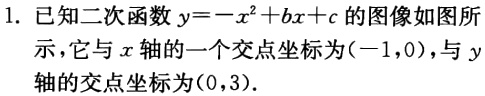
1. 已知二次函数\(y = -x^{2}+bx + c\)的图像如图所示，它与\(x\)轴的一个交点坐标为\((-1,0)\)，与\(y\)轴的交点坐标为\((0,3)\).